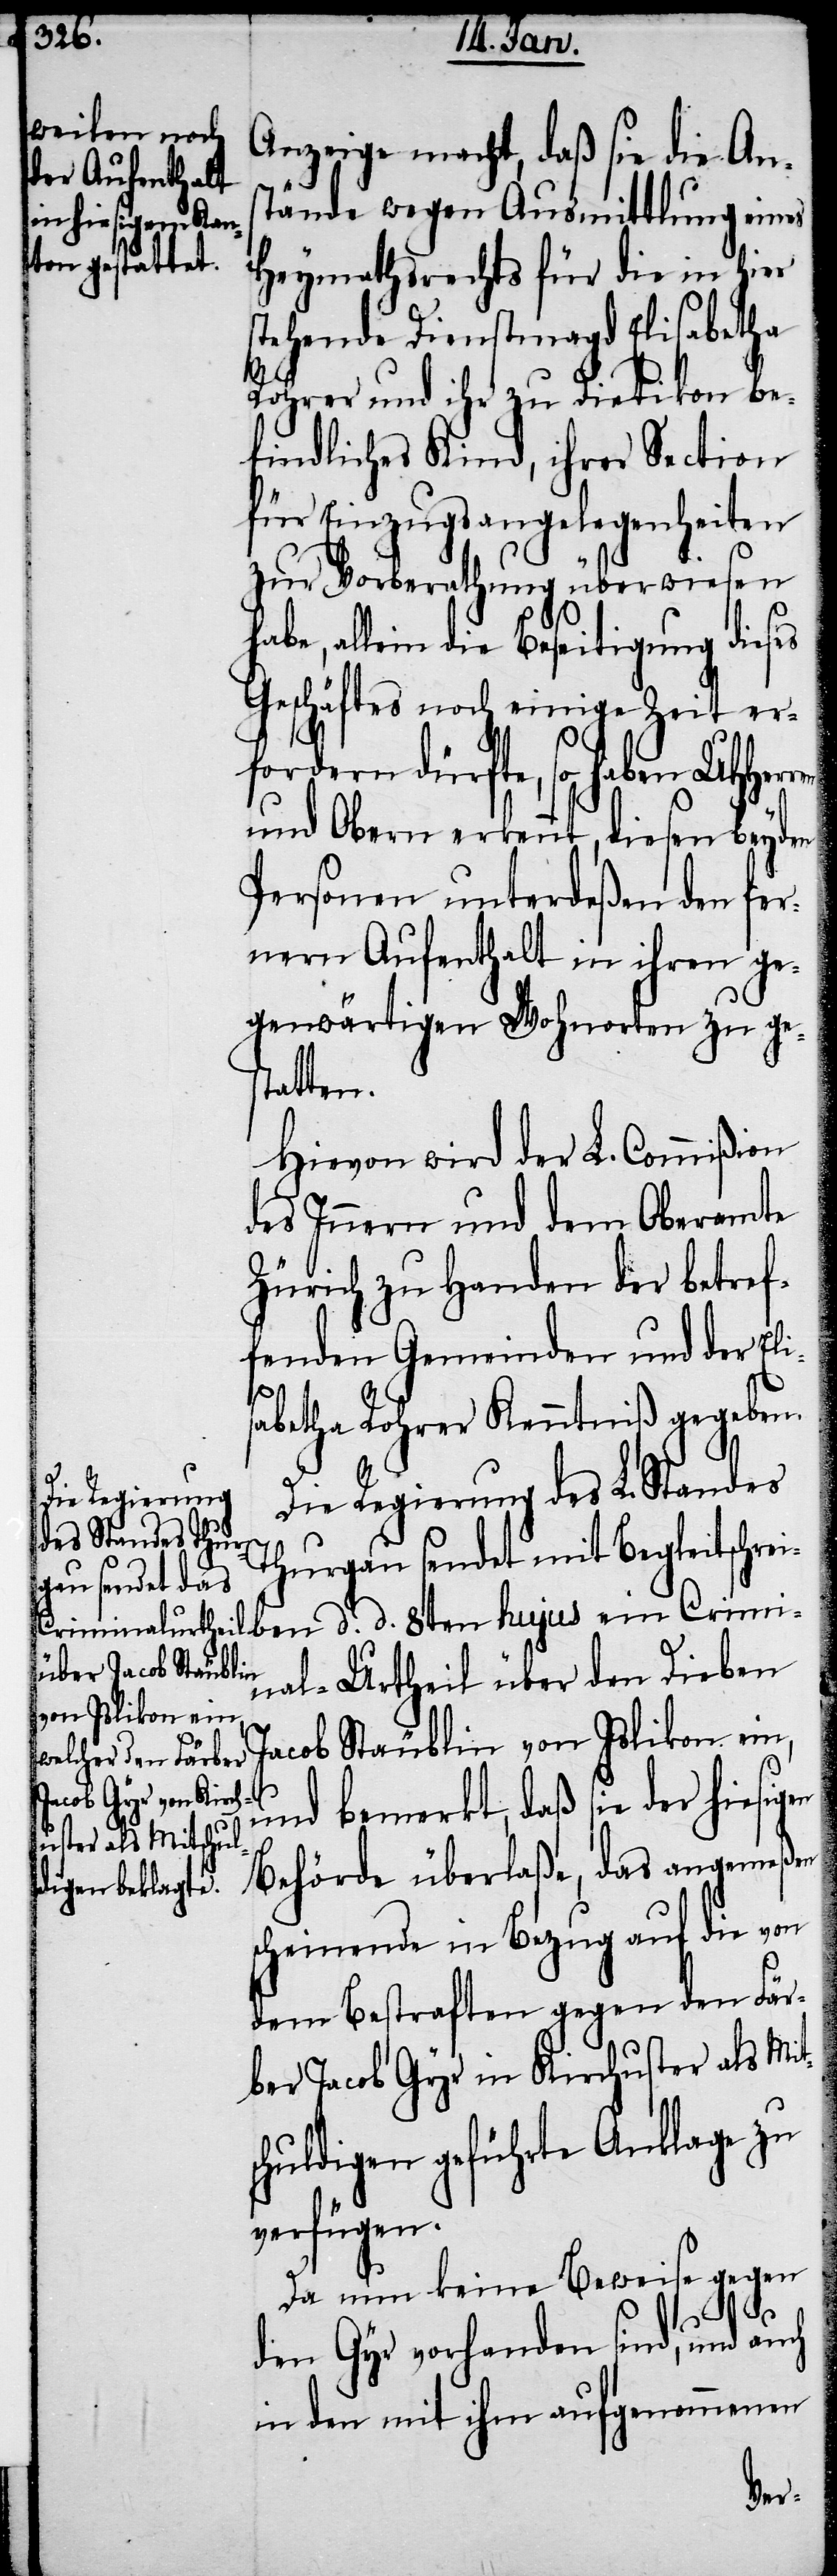
Anzeige macht, daß sie die Ans¬
tände wegen Ausmittlung eines
Heymathsrechts für die in hier
stehende Dienstmagd Elisabetha
Rohrer und ihr zu Dietikon be¬
findliches Kind, ihrer Section
für Einzugsangelegenheiten
zur Vorberathung überwiesen
allein die Beseitigung dieses
Geschäftes noch einige Zeit er¬
fordern dürfte, so haben UHHer¬
und Obern erkennt, diesen beyden
Personen unterdeßen den fer¬
nern Aufenthalt in ihren ge¬
genwärtigen Wohnorten zu ge¬
statten.
Hievon wird der L. Commißion
des Innern und dem Oberamte
Zürich zu Handen der betref¬
fenden Gemeinden und der Elis¬
abetha Rohrer Kenntniß gegeben.
Die Regierung des L. Standes
Thurgau sendet mit Begleitschrei¬
nal-Urtheil über den Dieben
acob Stäublin von Islikon ein,
und bemerkt, daß sie der hiesig¬
Behörde überlaße, das angemeßen
scheinende in Bezug auf die von
dem Bestraften gegen den Fär¬
ber Jacob Gyr in Kirchuster als Mit¬
schuldigen geführte Anklage zu
verfügen.
Da nun keine Beweise gegen
J¬
den Gyr vorhanden sind, und auch
in den mit ihm aufgenommenen
en